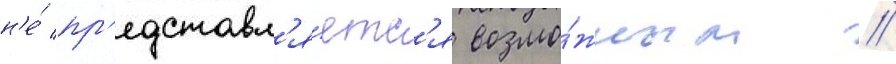
н'е́ пр'едставл'я́етс'я возмо́жным //